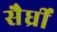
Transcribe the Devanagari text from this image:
सैर्ध्रीं